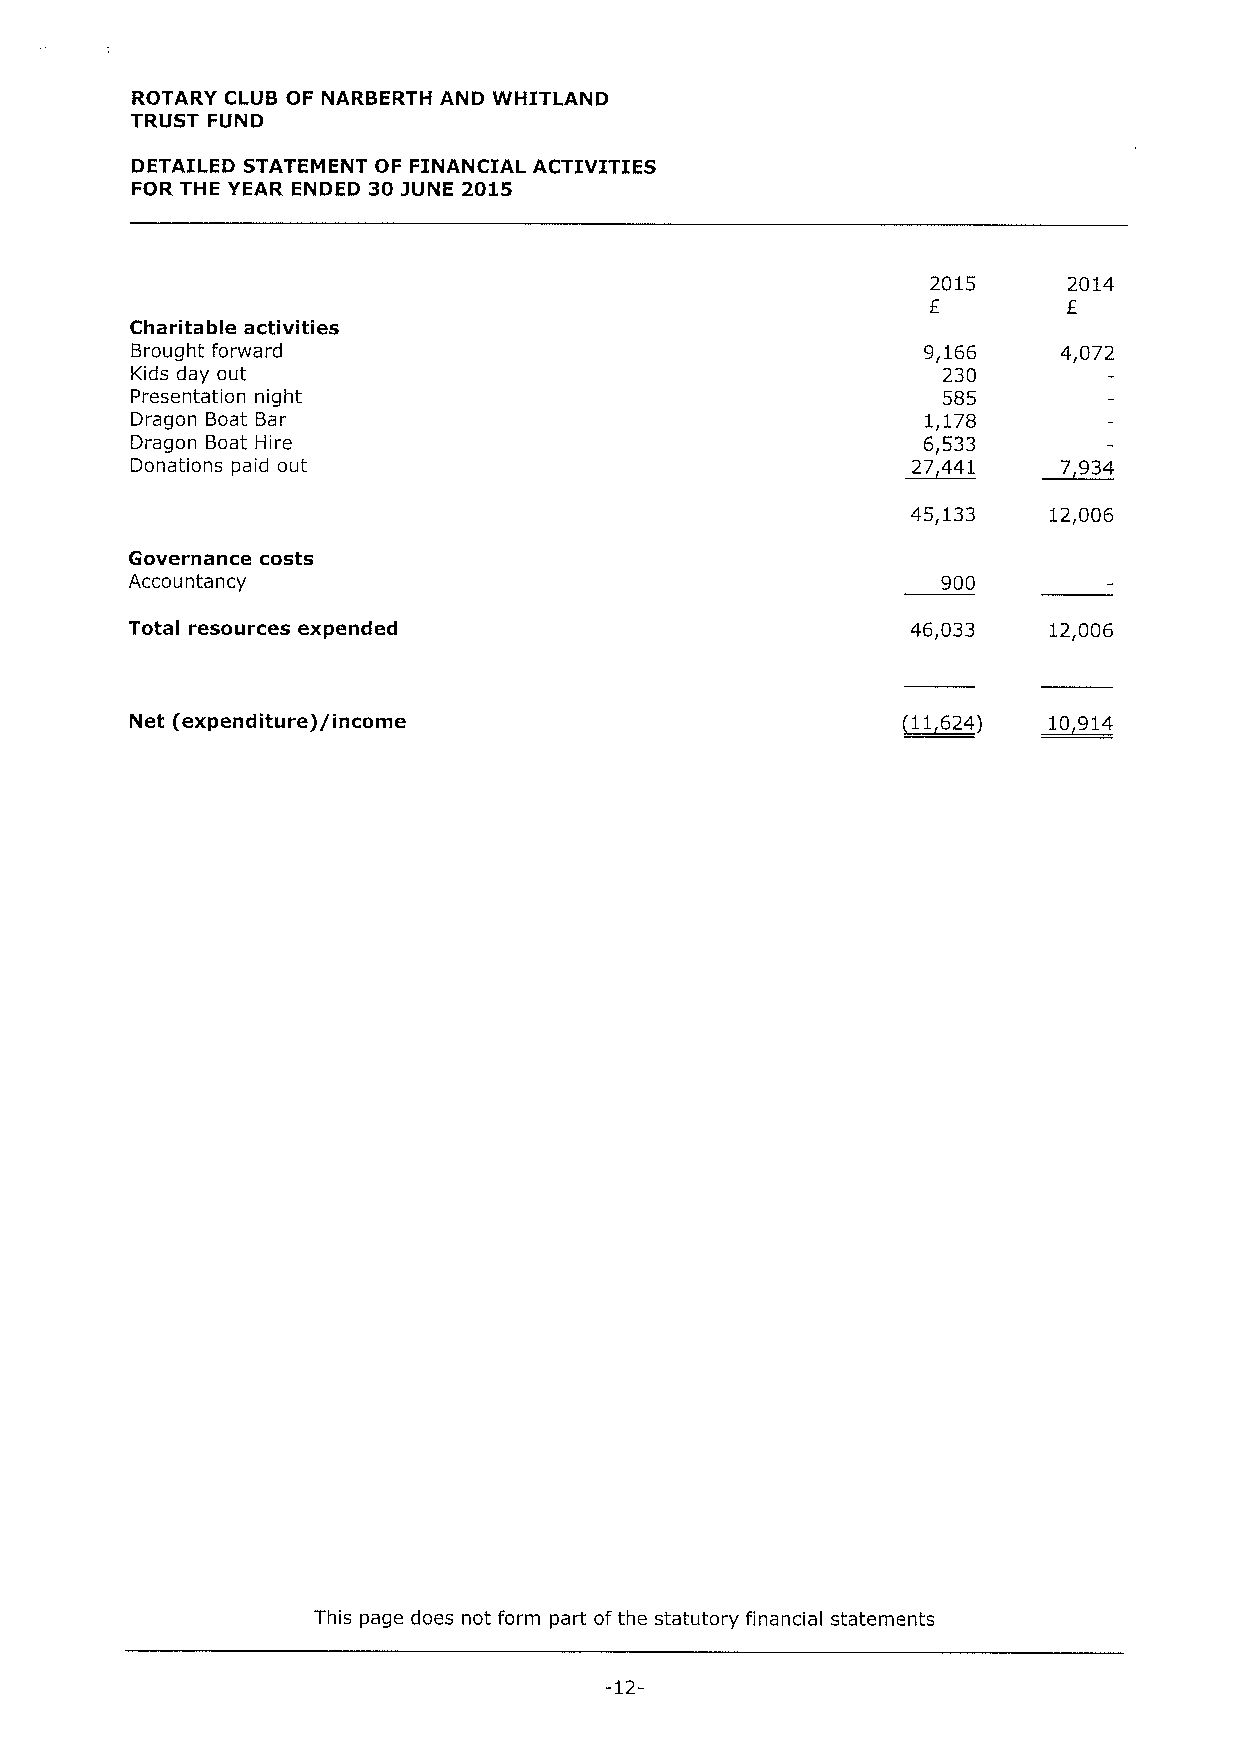
ROTARY CLUB OF NARBERTH AND WHITLAND
 TRUST FUND
 DETAILED STATEMENT OF FINANCIAL ACTIVITIES
 FOR THE YEAR ENDED 30 3UNE 2015
 2015     2014
 E        E
 Charitable activities
 Brought forward                                     9,166    4,072
 Kids day out                                         230
 Presentation night                                   585
 Dragon Boat Bar                                     1,178
 Dragon Boat Hire                                    6,533
 Donations paid out                                 27 441    7 934
 45,133    12,006
 Governance costs
 Accountancy                                          900
 Total resources expended                           46,033   12,006
 Net (expenditure)/income                           (11924)  19 914
 This page does not form part ofthe statutory financial statements
 -12-